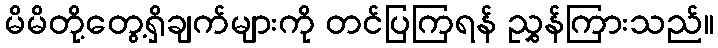
မိမိတို့တွေ့ရှိချက်များကို တင်ပြကြရန် ညွှန်ကြားသည်။